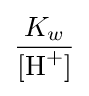
{\frac {K_{w}}{[\mathrm {H} {\vphantom {A}}^{+}]}}